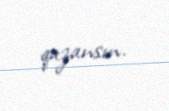
qazansın.